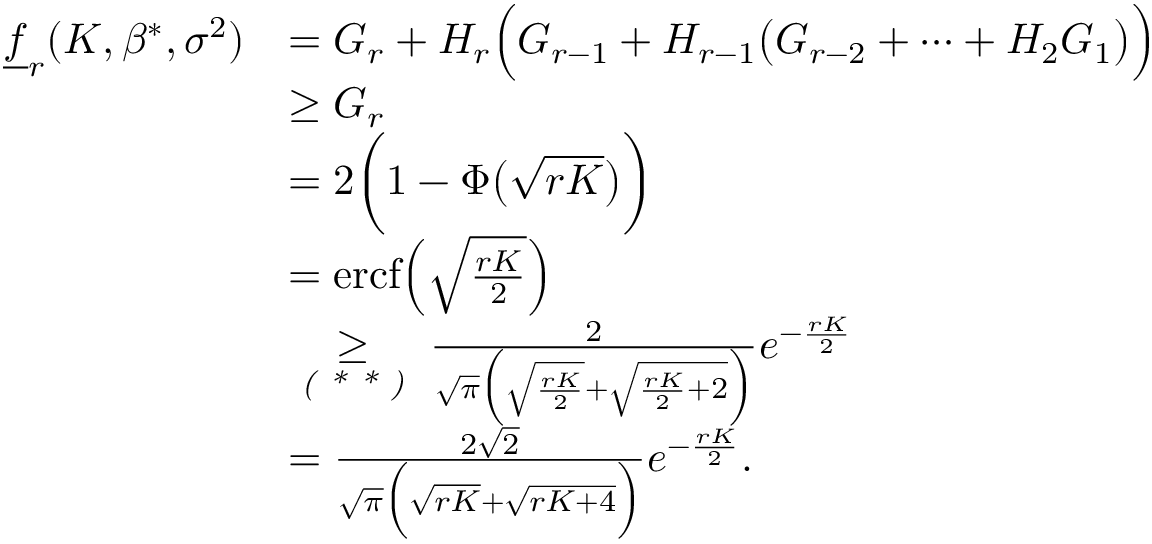
\begin{array} { r l } { \underline { { f } } _ { r } ( K , \beta ^ { * } , \sigma ^ { 2 } ) } & { = G _ { r } + H _ { r } \Big ( G _ { r - 1 } + H _ { r - 1 } \big ( G _ { r - 2 } + \cdots + H _ { 2 } G _ { 1 } \big ) \Big ) } \\ & { \geq G _ { r } } \\ & { = 2 \bigg ( 1 - \Phi \big ( \sqrt { r K } \big ) \bigg ) } \\ & { = \mathrm { e r c f } \Big ( \sqrt { \frac { r K } { 2 } } \Big ) } \\ & { \underset { \textit { ( * * ) } } { \geq } \frac { 2 } { \sqrt { \pi } \Big ( \sqrt { \frac { r K } { 2 } } + \sqrt { \frac { r K } { 2 } + 2 } \Big ) } e ^ { - \frac { r K } { 2 } } } \\ & { = \frac { 2 \sqrt { 2 } } { \sqrt { \pi } \Big ( \sqrt { r K } + \sqrt { r K + 4 } \Big ) } e ^ { - \frac { r K } { 2 } } . } \end{array}